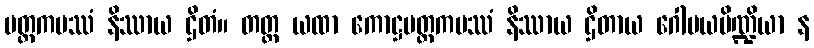
မတ္ထကပဿံ နိဿာယ ဌိတံ။ တတ္ထ ယထာ ကောဋ္ဌမတ္ထကပဿံ နိဿာယ ဌိတာယ ဂေါမယပိဏ္ဍိယာ န